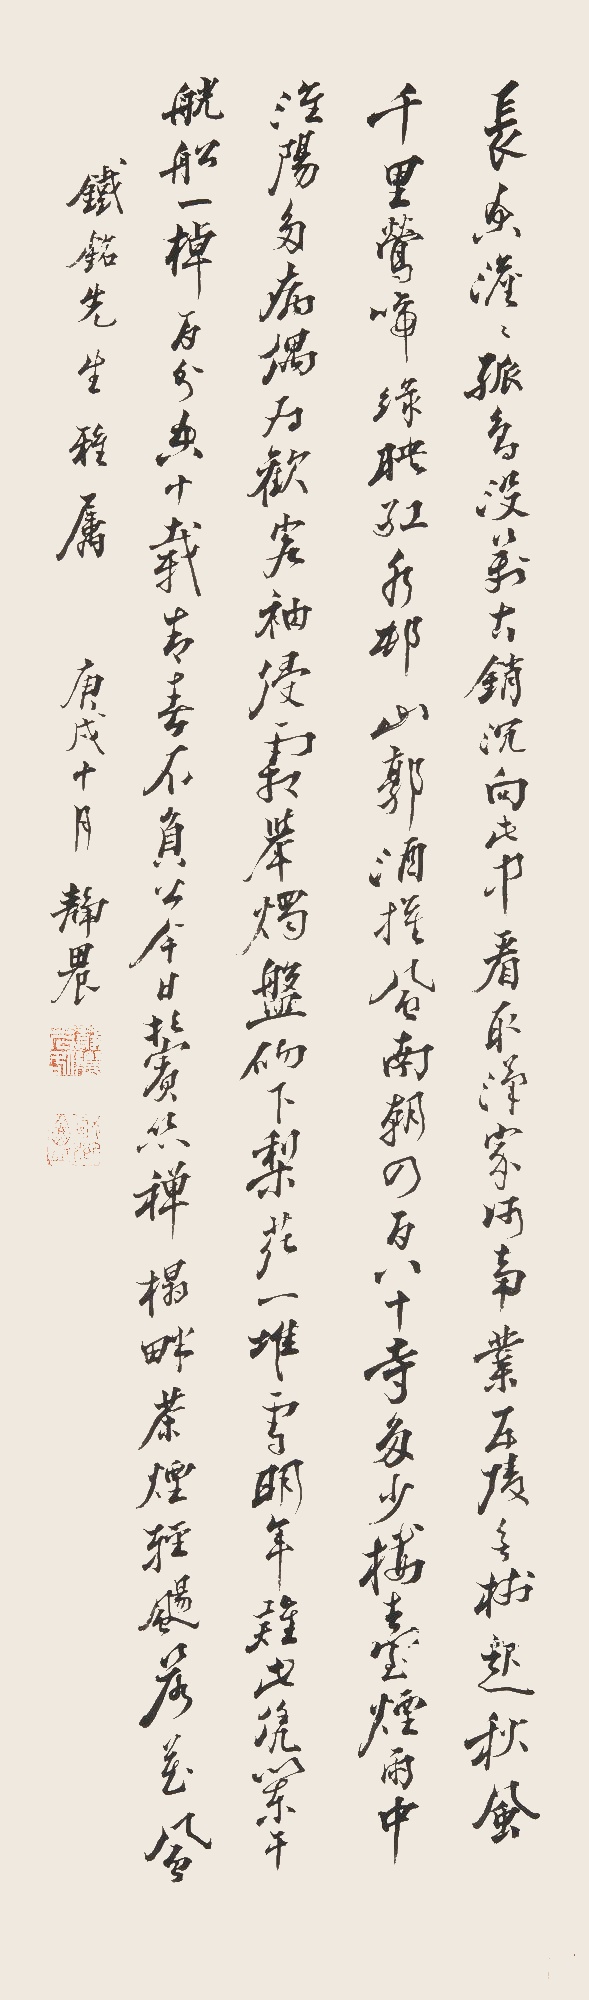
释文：长空澹澹孤鸟没，万古销沈向此中。看取汉家何事业，五陵无树起秋风。千里莺啼绿映红，水村山郭酒旗风。南朝四百八十寺，多少楼台烟雨中。淮阳多病偶求欢，客袖侵霜与烛盘。砌下梨花一堆雪，明年谁此凭阑干。觥船一棹百分空，十岁青春不负公。今日鬓丝禅榻畔，茶烟轻扬落花风。铁铭先生雅属，庚戍十月静农